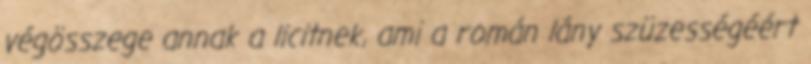
végösszege annak a licitnek, ami a román lány szüzességéért